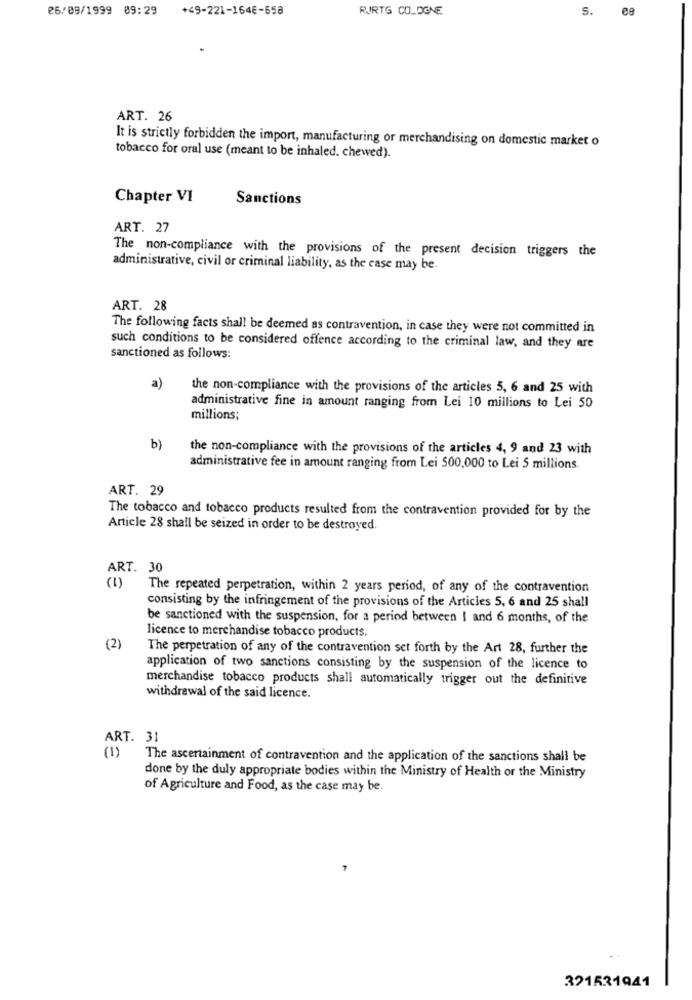
26/09/1999 09:29
+49-221-164E-658
RIRTG COLOGNE
S.
ee
ART. 26
It is strictly forbidden the import, manufacturing or merchandising on domestic market o
tobacco for oral use (meant to be inhaled. chewed).
Chapter VI
Sanctions
ART. 27
The non-compliance with the provisions of the present decision triggers the
administrative, civil or criminal liability, as the case may be.
ART. 28
The following facts shall be deemed as contravention, in case they were not committed in
such conditions to be considered offence according to the criminal law, and they are
sanctioned as follows:
a)
the non-compliance with the provisions of the articles 5, 6 and 25 with
administrative fine in amount ranging from Lei 10 millions to Lei 50
millions;
b)
the non-compliance with the provisions of the articles 4, 9 and 23 with
administrative fee in amount ranging from Lei 500,000 to Lei S millions.
ART. 29
The tobacco and tobacco products resulted from the contravention provided for by the
Article 28 shall be seized in order to be destroyed.
ART. 30
(1)
The repeated perpetration, within 2 years period, of any of the contravention
consisting by the infringement of the provisions of the Articles 5, 6 and 25 shall
be sanctioned with the suspension, for a period between ! and 6 months, of the
licence to merchandise tobacco products.
(2)
The perpetration of any of the contravention set forth by the Art 28, further the
application of two sanctions consisting by the suspension of the licence to
merchandise tobacco products shall automatically trigger out the definitive
withdrawal of the said licence.
ART. 31
(1)
The ascertainment of contravention and the application of the sanctions shall be
done by the duly appropriate bodies within the Ministry of Health or the Ministry
of Agriculture and Food, as the case may be.
321531941